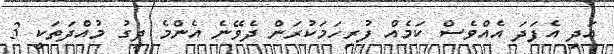
އަދި އެފަދަ އެއްވެސް ކަމެއް ފުރިހަމަކުރަން ދެވޭނެ އެންމެ ދިގު މުއްދަތަކީ 3